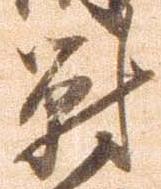
対